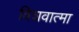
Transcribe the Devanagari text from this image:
विशवात्मा